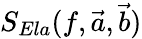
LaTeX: S_{Ela}(f,\vec{a},\vec{b})